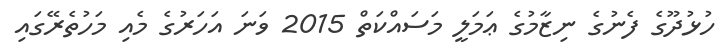
ހުޅުދޫގެ ފެނުގެ ނިޒާމުގެ ޢަމަލީ މަސައްކަތް 2015 ވަނަ އަހަރުގެ މެއި މަހުތެރޭގައި